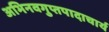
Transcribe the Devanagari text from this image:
अभिनवगुप्तपादाचार्य